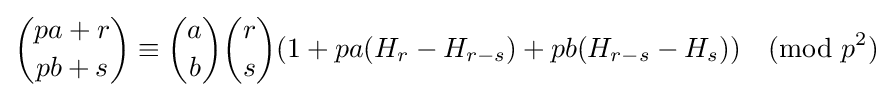
{\binom {pa+r}{pb+s}}\equiv {\binom {a}{b}}{\binom {r}{s}}(1+pa(H_{r}-H_{r-s})+pb(H_{r-s}-H_{s})){\pmod {p^{2}}}